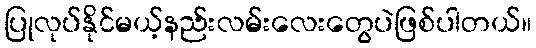
ပြုလုပ်နိုင်မယ့်နည်းလမ်းလေးတွေပဲဖြစ်ပါတယ်။